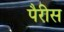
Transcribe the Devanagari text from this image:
पैरीस